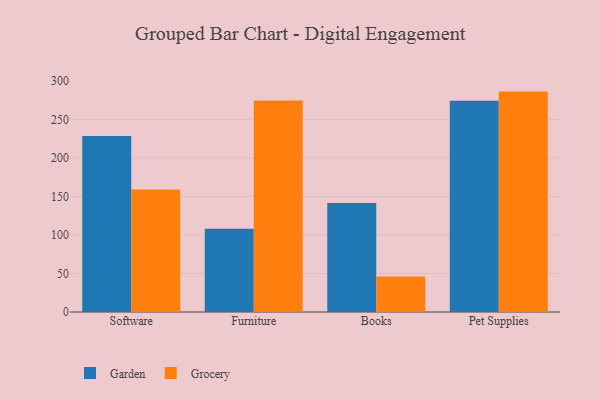
{"axis": {"x": "Category", "y": "Satisfaction Score"}, "legend": ["Garden", "Grocery"], "data": [{"x": "Software", "y": 228.6, "type": "Garden"}, {"x": "Software", "y": 159.1, "type": "Grocery"}, {"x": "Furniture", "y": 108.2, "type": "Garden"}, {"x": "Furniture", "y": 274.6, "type": "Grocery"}, {"x": "Books", "y": 141.5, "type": "Garden"}, {"x": "Books", "y": 46.0, "type": "Grocery"}, {"x": "Pet Supplies", "y": 274.2, "type": "Garden"}, {"x": "Pet Supplies", "y": 286.1, "type": "Grocery"}]}